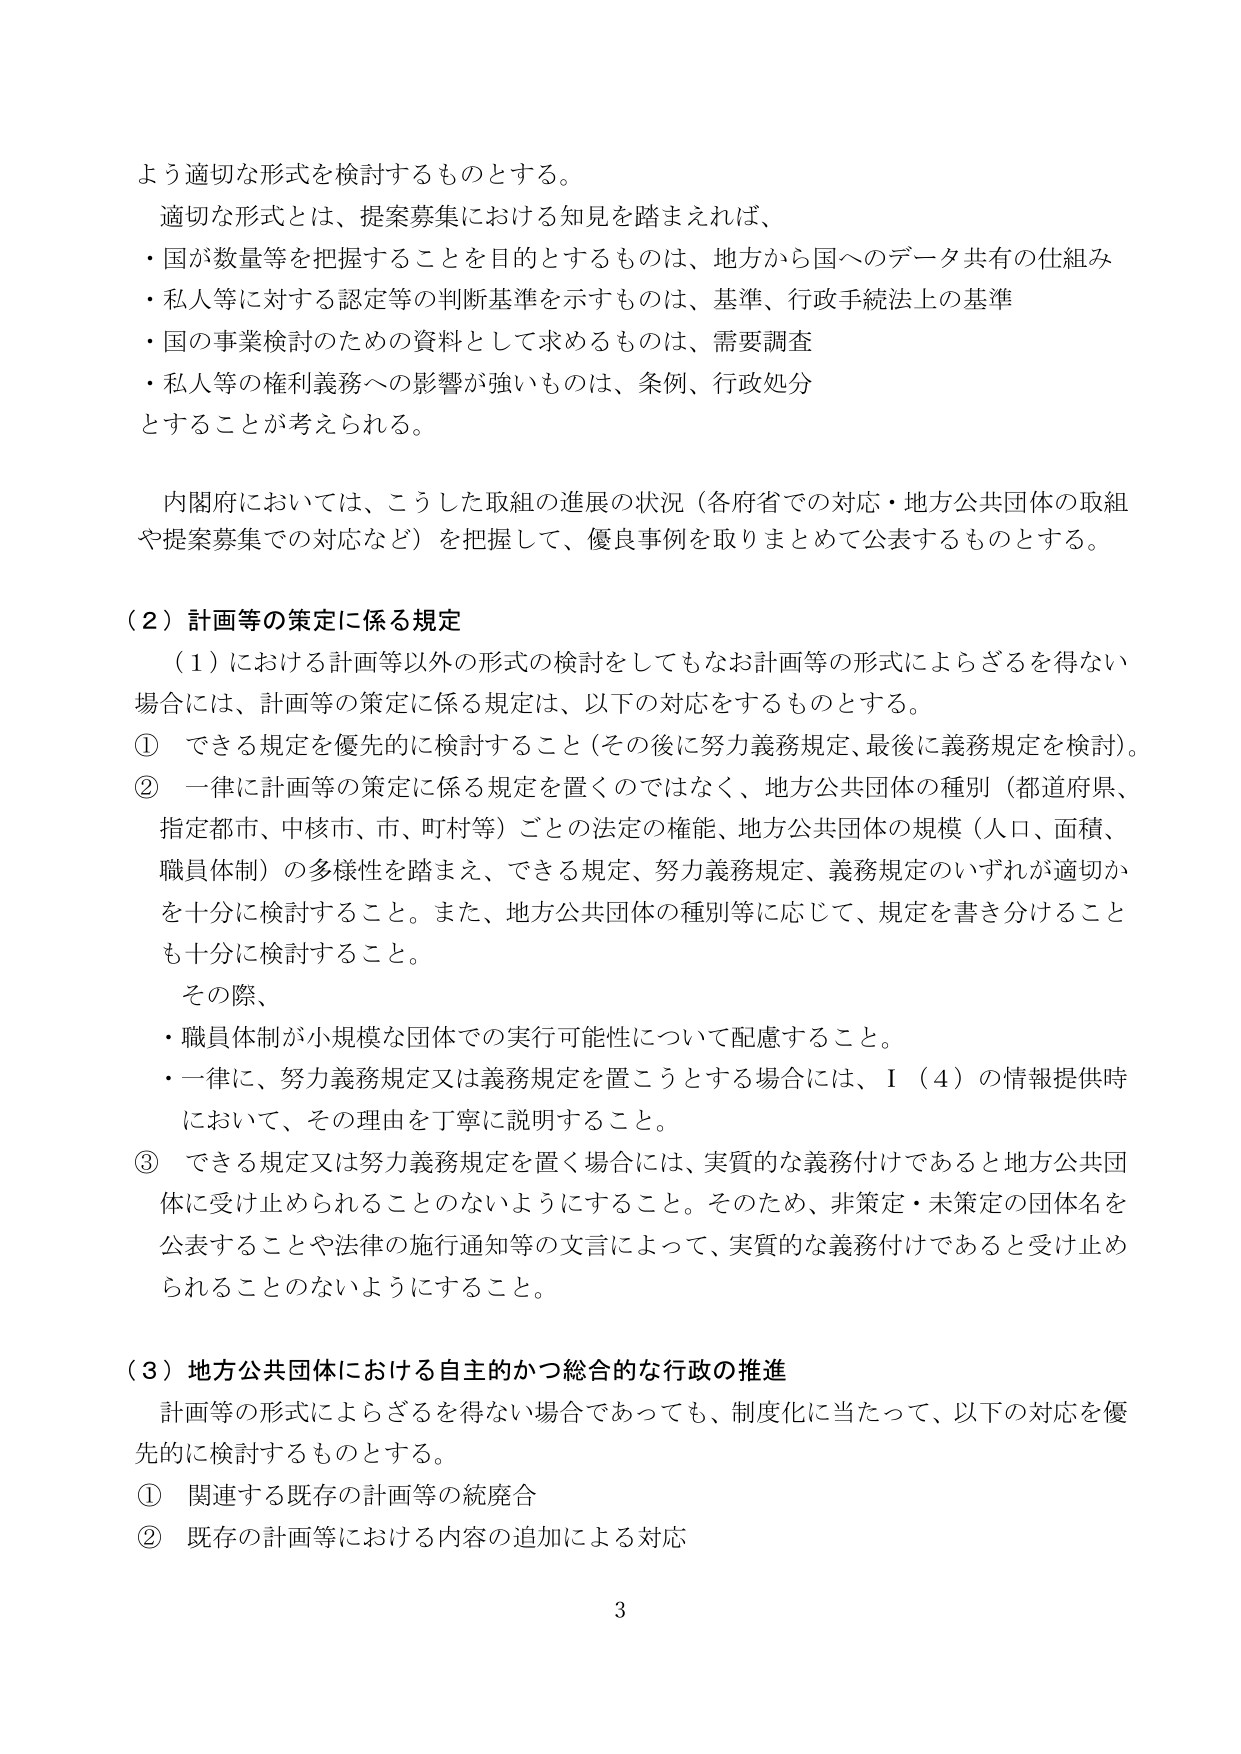
よう適切な形式を検討するものとする。
適切な形式とは、提案募集における知見を踏まえれば、
・国が数量等を把握することを目的とするものは、地方から国へのデータ共有の仕組み
・私人等に対する認定等の判断基準を示すものは、基準、行政手続法上の基準
・国の事業検討のための資料として求めるものは、需要調査
・私人等の権利義務への影響が強いものは、条例、行政処分
とすることが考えられる。

内閣府においては、こうした取組の進展の状況（各府省での対応・地方公共団体の取組
や提案募集での対応など）を把握して、優良事例を取りまとめて公表するものとする。

（２）計画等の策定に係る規定
　（１）における計画等以外の形式の検討をしてもなお計画等の形式によらざるを得ない
場合には、計画等の策定に係る規定は、以下の対応をするものとする。
①　できる規定を優先的に検討すること（その後に努力義務規定、最後に義務規定を検討）。
②　一律に計画等の策定に係る規定を置くのではなく、地方公共団体の種別（都道府県、
指定都市、中核市、市、町村等）ごとの法定の権能、地方公共団体の規模（人口、面積、
職員体制）の多様性を踏まえ、できる規定、努力義務規定、義務規定のいずれが適切か
を十分に検討すること。また、地方公共団体の種別等に応じて、規定を書き分けること
も十分に検討すること。
　　その際、
・職員体制が小規模な団体での実行可能性について配慮すること。
・一律に、努力義務規定又は義務規定を置こうとする場合には、Ⅰ（４）の情報提供時
において、その理由を丁寧に説明すること。
③　できる規定又は努力義務規定を置く場合には、実質的な義務付けであると地方公共団
体に受け止められることのないようにすること。そのため、非策定・未策定の団体名を
公表することや法律の施行通知等の文言によって、実質的な義務付けであると受け止め
られることのないようにすること。

（３）地方公共団体における自主的かつ総合的な行政の推進
　計画等の形式によらざるを得ない場合であっても、制度化に当たって、以下の対応を優
先的に検討するものとする。
①　関連する既存の計画等の統廃合
②　既存の計画等における内容の追加による対応

3